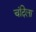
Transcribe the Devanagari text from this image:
चंदिला